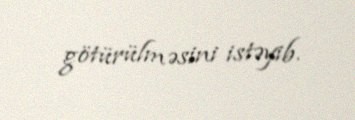
götürülməsini istəyib.